Vaccination in Bombay 1889-1901 - 1889-1901
Year: 1889
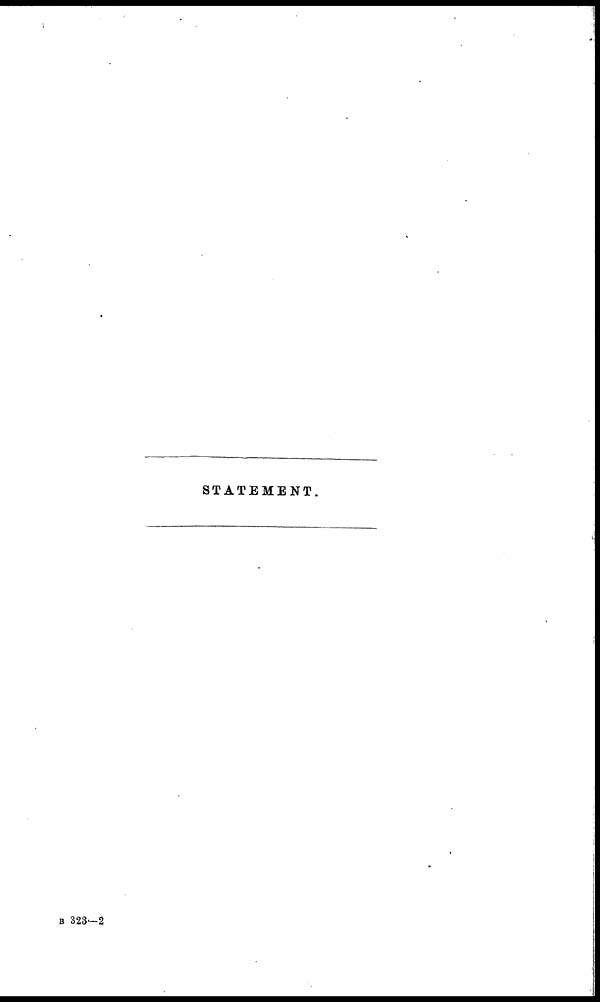
STATEMENT.
B 323—2